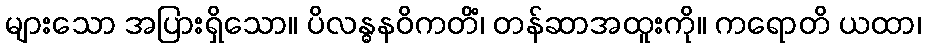
များသော အပြားရှိသော။ ပိလန္ဓနဝိကတိံ၊ တန်ဆာအထူးကို။ ကရောတိ ယထာ၊